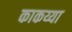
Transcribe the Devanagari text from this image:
काकय्या